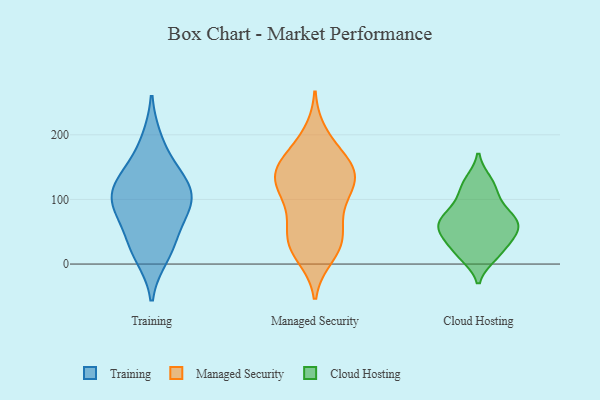
{"axis": {"x": "Churn Rate (%)", "y": "Value"}, "legend": ["Cloud Hosting", "Managed Security", "Training"], "data": [{"x": "", "y": 87, "type": "Training"}, {"x": "", "y": 89, "type": "Training"}, {"x": "", "y": 191, "type": "Training"}, {"x": "", "y": 127, "type": "Training"}, {"x": "", "y": 97, "type": "Training"}, {"x": "", "y": 144, "type": "Training"}, {"x": "", "y": 129, "type": "Training"}, {"x": "", "y": 26, "type": "Training"}, {"x": "", "y": 13, "type": "Training"}, {"x": "", "y": 45, "type": "Training"}, {"x": "", "y": 98, "type": "Training"}, {"x": "", "y": 26, "type": "Managed Security"}, {"x": "", "y": 119, "type": "Managed Security"}, {"x": "", "y": 145, "type": "Managed Security"}, {"x": "", "y": 200, "type": "Managed Security"}, {"x": "", "y": 158, "type": "Managed Security"}, {"x": "", "y": 74, "type": "Managed Security"}, {"x": "", "y": 180, "type": "Managed Security"}, {"x": "", "y": 109, "type": "Managed Security"}, {"x": "", "y": 145, "type": "Managed Security"}, {"x": "", "y": 145, "type": "Managed Security"}, {"x": "", "y": 33, "type": "Managed Security"}, {"x": "", "y": 28, "type": "Managed Security"}, {"x": "", "y": 132, "type": "Managed Security"}, {"x": "", "y": 58, "type": "Managed Security"}, {"x": "", "y": 41, "type": "Managed Security"}, {"x": "", "y": 123, "type": "Managed Security"}, {"x": "", "y": 13, "type": "Managed Security"}, {"x": "", "y": 145, "type": "Managed Security"}, {"x": "", "y": 95, "type": "Managed Security"}, {"x": "", "y": 59, "type": "Cloud Hosting"}, {"x": "", "y": 40, "type": "Cloud Hosting"}, {"x": "", "y": 112, "type": "Cloud Hosting"}, {"x": "", "y": 58, "type": "Cloud Hosting"}, {"x": "", "y": 54, "type": "Cloud Hosting"}, {"x": "", "y": 76, "type": "Cloud Hosting"}, {"x": "", "y": 128, "type": "Cloud Hosting"}, {"x": "", "y": 83, "type": "Cloud Hosting"}, {"x": "", "y": 19, "type": "Cloud Hosting"}, {"x": "", "y": 13, "type": "Cloud Hosting"}]}